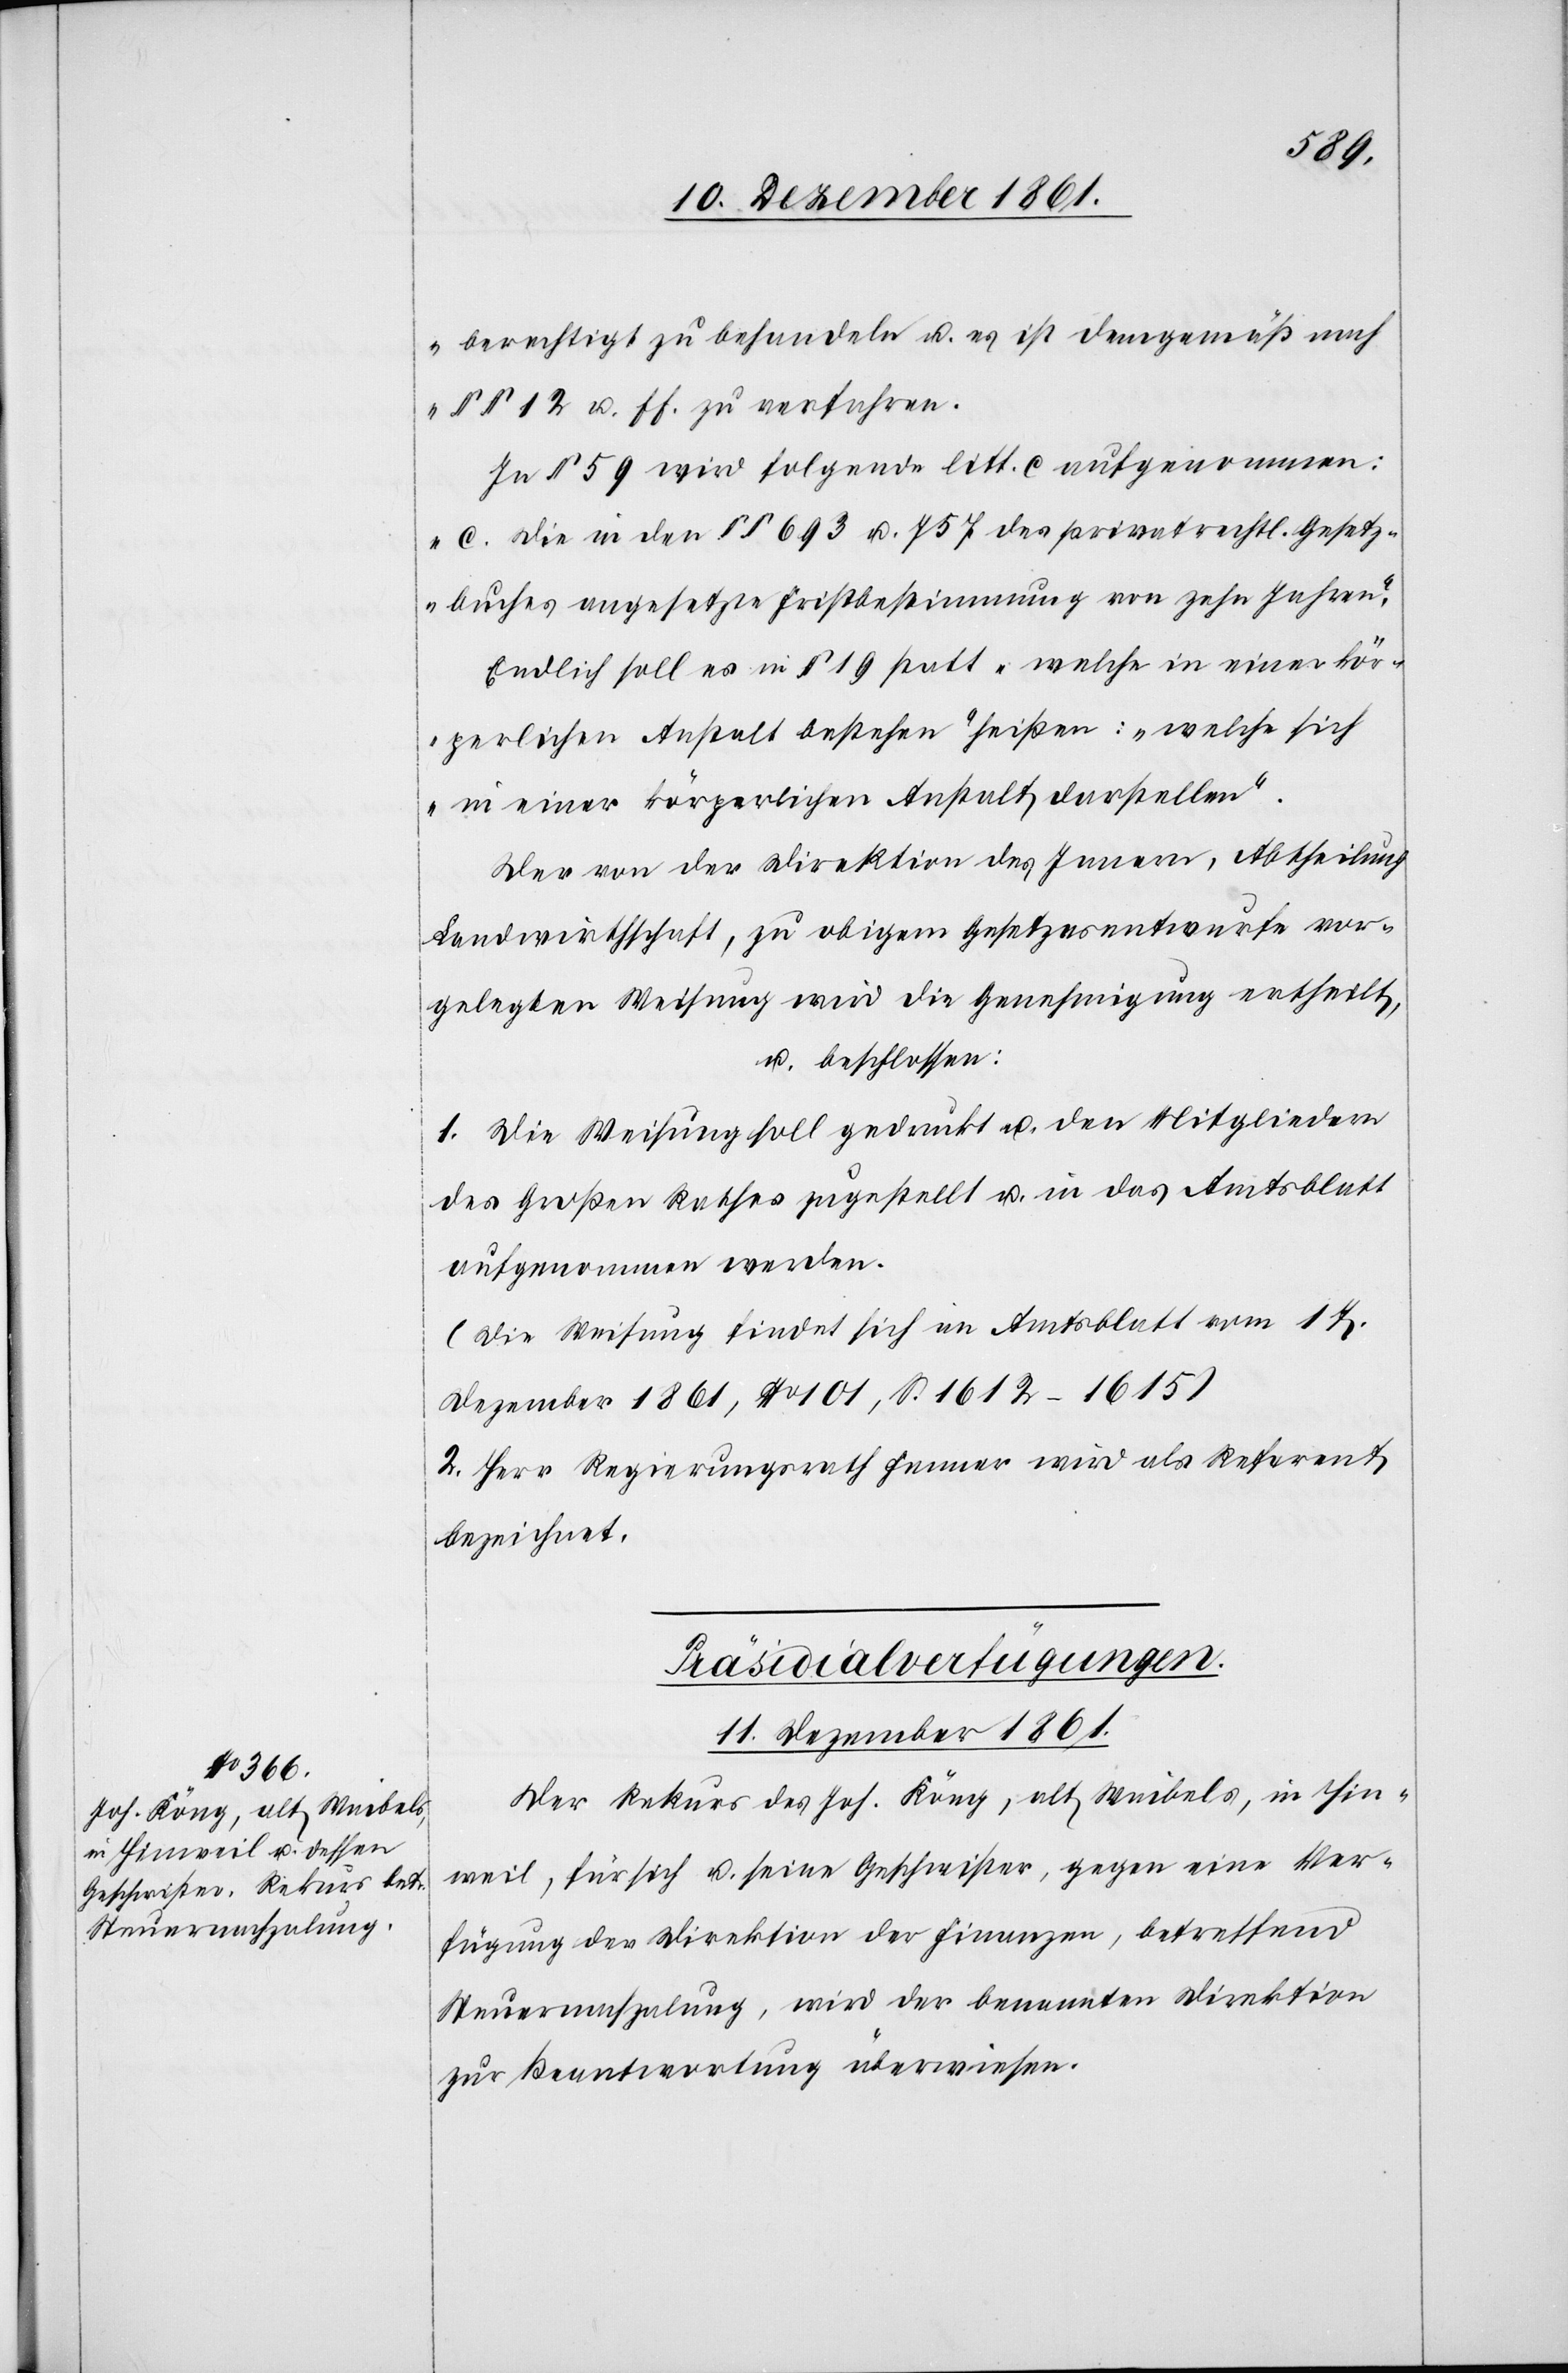
berechtigt zu behandeln u. es ist demgemäß nach
§§ 12 u. ff. zu verfahren.
In § 59 wird folgende litt. c aufgenommen:
„c. die in den §§ 693 u. 757 des privatrechtl. Gesetz¬
buches angesetzte Fristbestimmung von zehn Jahren.“
Endlich soll es in § 19 statt „welche in einer kör¬
perlichen Anstalt bestehen“ heißen: „welche sich
in einer körperlichen Anstalt darstellen.“
Der von der Direktion des Innern, Abtheilung
Landwirthschaft, zu obigem Gesetzesentwurfe vor¬
gelegten Weisung wird die Genehmigung ertheilt,
u. beschlossen:
1. Die Weisung soll gedruckt u. den Mitgliedern
des Großen Rathes zugestellt u. in das Amtsblatt
aufgenommen werden.
(Die Weisung findet sich im Amtsblatt vom 17
Dezember 1861, No 101, S. 1612–1615)
2. Herr Regierungsrath Fenner wird als Referent
bezeichnet.
Präsidialverfügungen.
11 Dezember 1861.
Der Rekurs des Joh. Küng, alt Waibels, in Hin¬
weil, für sich u. seine Geschwister, gegen eine Ver¬
fügung der Direktion der Finanzen, betreffend
Steuernachzahlung, wird der benannten Direktion
zur Beantwortung überwiesen.